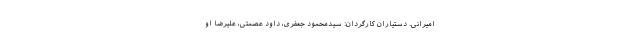
امیرانی. دستیاران کارگردان: سیدمحمود جعفری، داود عصمتی، علیرضا او